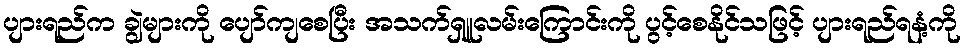
ပျားရည်က ချွဲများကို ပျော်ကျစေပြီး အသက်ရှူလမ်းကြောင်းကို ပွင့်စေနိုင်သဖြင့် ပျားရည်ရနံ့ကို